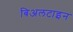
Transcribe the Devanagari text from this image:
बिअलटाइन